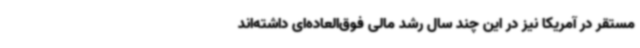
مستقر در آمریکا نیز در این چند سال رشد مالی فوق‌العاده‌ای داشته‌اند